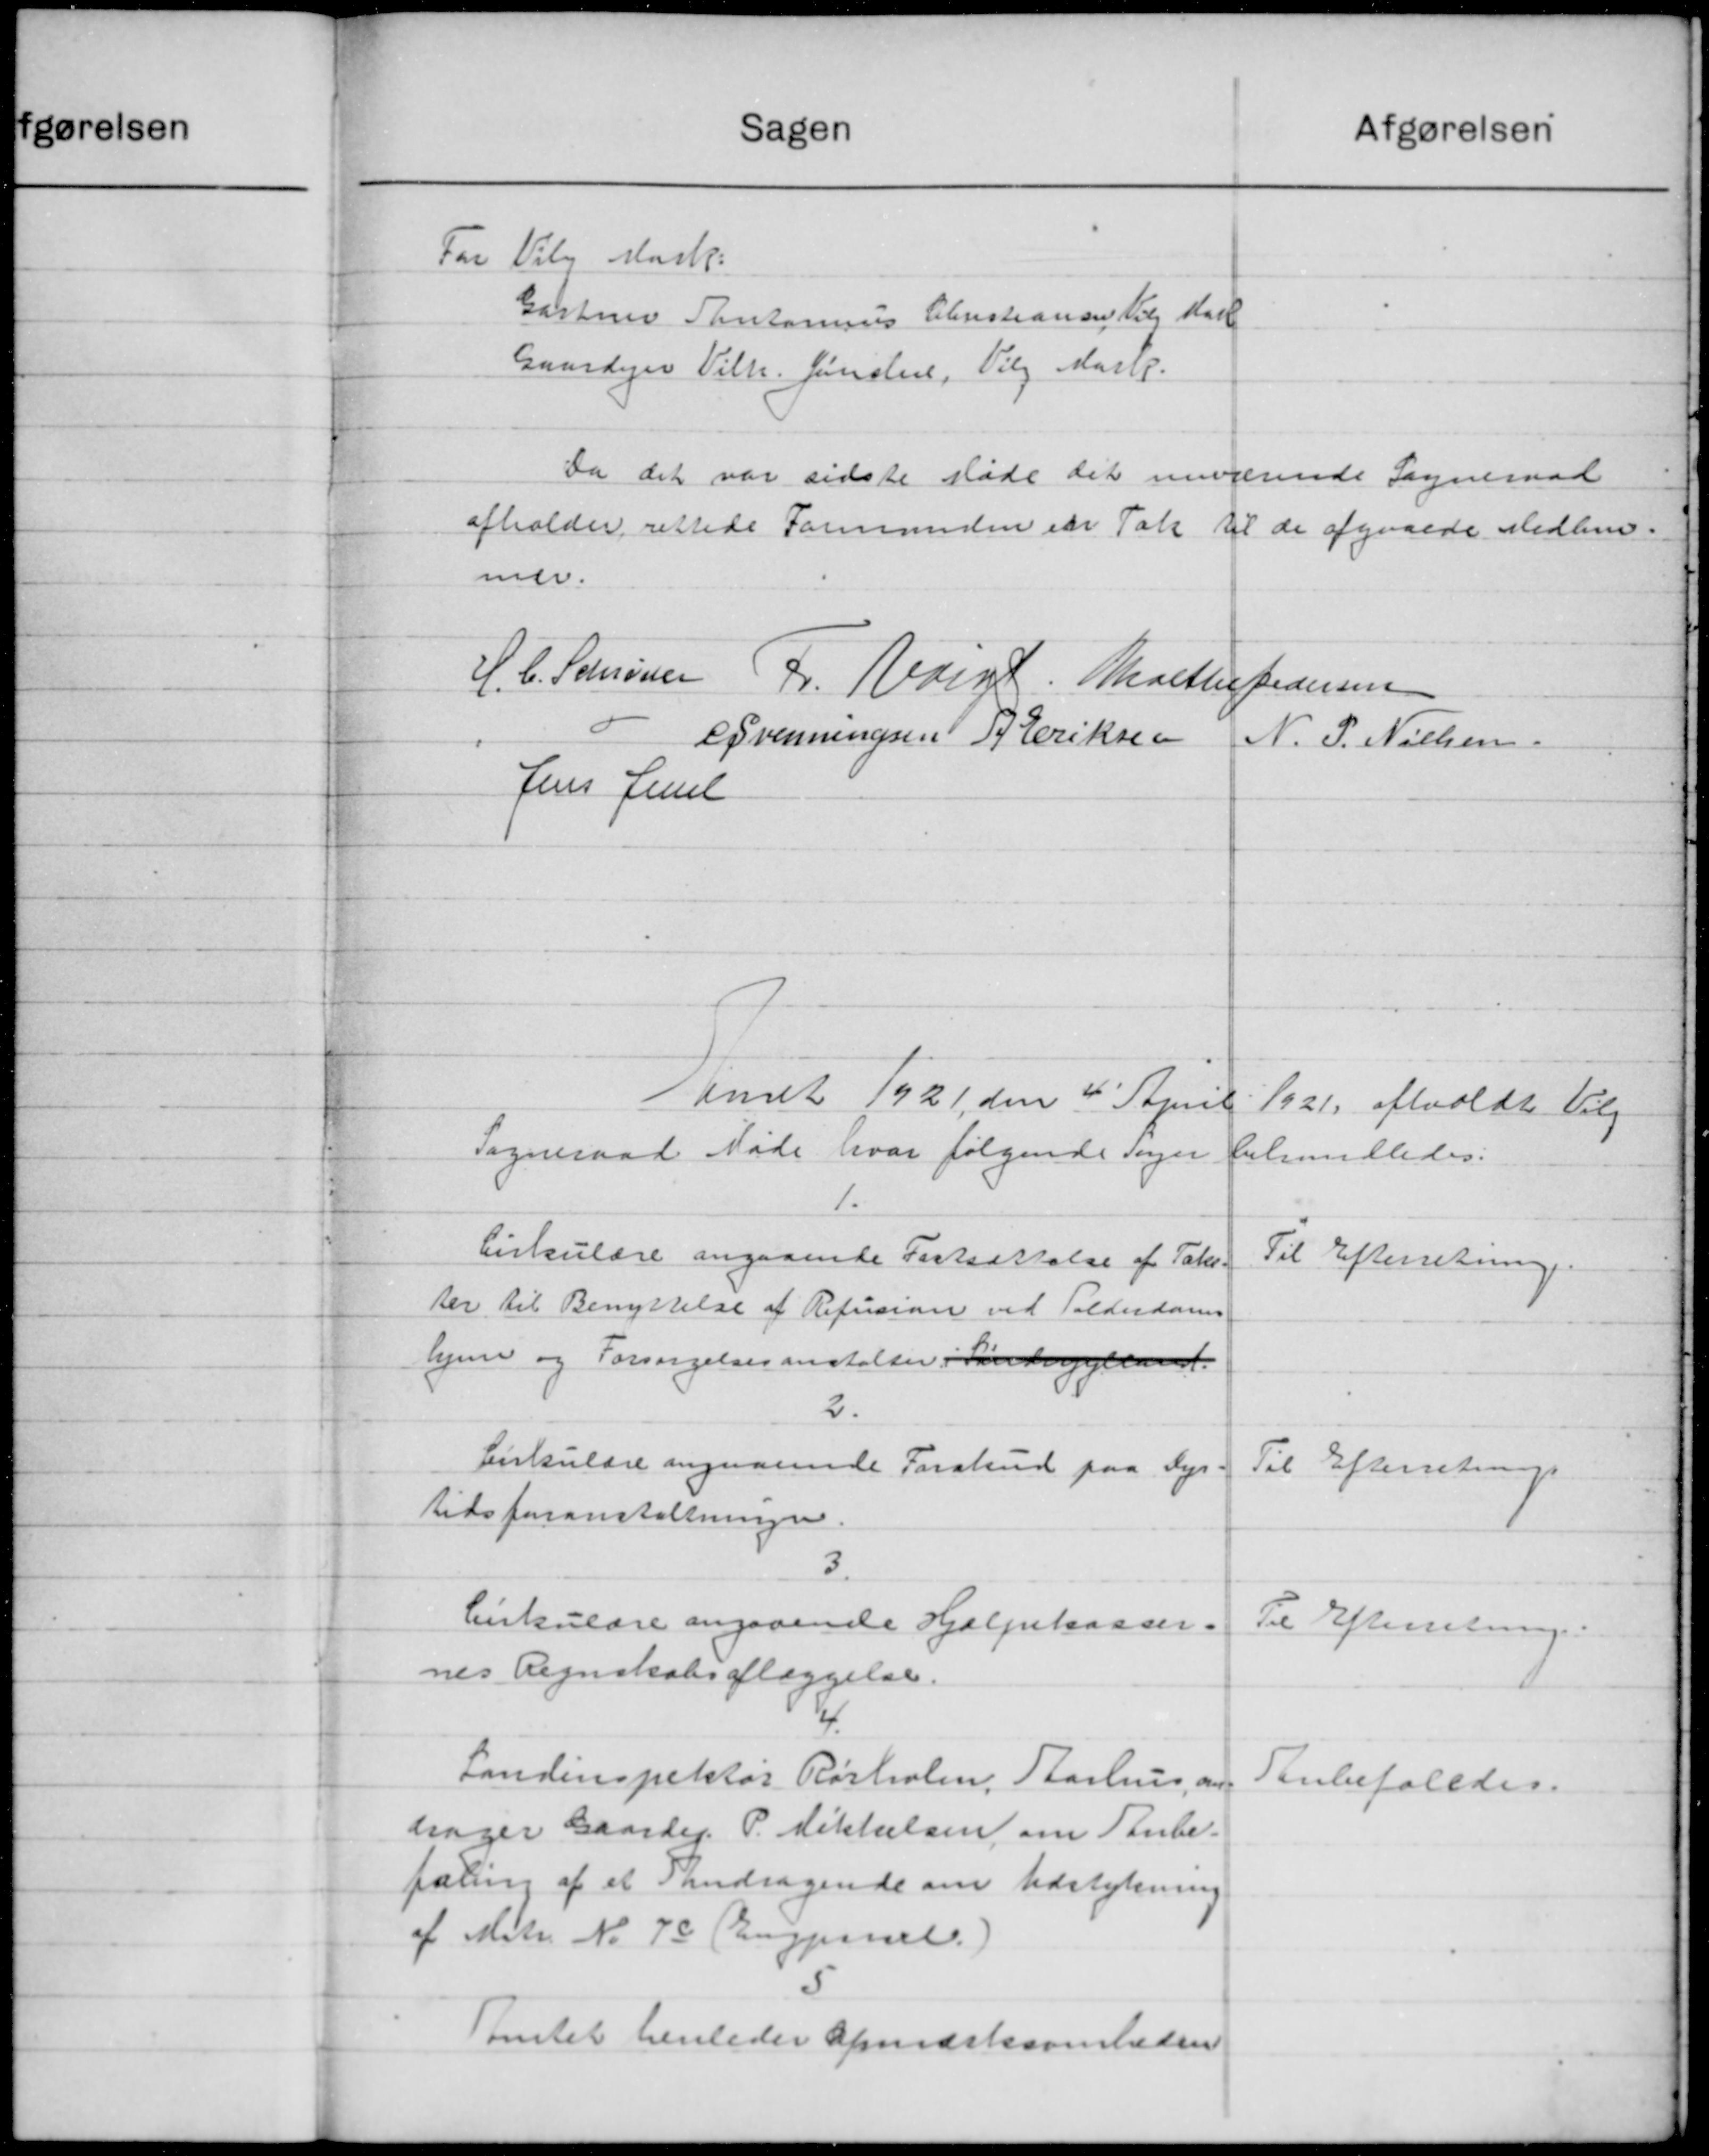
Transskription:
Sagen
afgørelsen
For Vily Mark.
Gartner Santamius Christiansen og Karl
Gaardejer Vilh. Jensten, Valg Mark.
Da det var sidste Møde det nuværende Sogneraad
afholder rettede Formanden en Tak til de afgaaede Medlem-
mer.
H. C. Schrøren Fr. Voigt. Malther Pedersen
Ovenningsen P Eriksen
N. P. Nielsen
Jens Juul
Venet 1921 den 4' April
1921 afholdt Valg
Sogneraad Møde hvor følgende Sager
behandledes:
1.
Cirkulære angaaende Fastsættelse af Taks-
Til Efterretning.
ter til Benyttelse af Refusion ved Tolderdoms
hjem og Forsørgelsesanstalter i Søndragen.
2.
Cirkulære angaaende Forskud paa Dyr-
Til Efterretning
tidsforanstaltningen.
3.
Cirkulære angaaende Hjælpekassen.
Til Efterretning.
nes Regnskabsaflæggelse.
Landinspektør Rørholm, Aarhus, om
Tanbefaledes.
drager Gaardej P. Mikkelsen om Taube.
faling af et Pandragende om Udstykning
af Matr. No 70 Buggendel.)
Amtet henleder Opmærksomheden